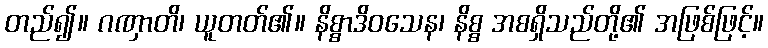
တည်၍။ ဂဏှာတိ၊ ယူတတ်၏။ နိစ္စာဒိဝသေန၊ နိစ္စ အစရှိသည်တို့၏ အဖြစ်ဖြင့်။